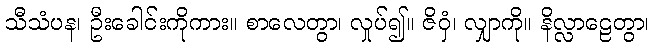
သီသံပန၊ ဦးခေါင်းကိုကား။ စာလေတွာ၊ လှုပ်၍။ ဇိဝှံ၊ လျှာကို။ နိလ္လာဠေတွာ၊